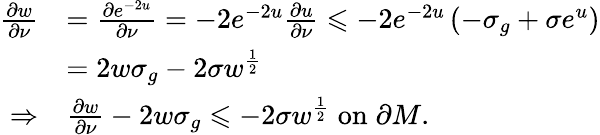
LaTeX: \begin{array}{rl}{\frac{\partial w}{\partial\nu}}&{=\frac{\partial e^{-2u}}{\partial\nu}=-2e^{-2u}\frac{\partial u}{\partial\nu}\leqslant-2e^{-2u}\left(-\sigma_{g}+\sigma e^{u}\right)}\\ &{=2w\sigma_{g}-2\sigma w^{\frac{1}{2}}}\\ {\Rightarrow}&{\frac{\partial w}{\partial\nu}-2w\sigma_{g}\leqslant-2\sigma w^{\frac{1}{2}}\; \mathrm{on}\; \partial M.}\end{array}